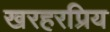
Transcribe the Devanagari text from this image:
खरहरप्रिय